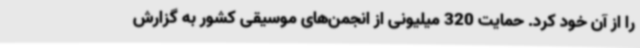
را از آن خود کرد. حمایت 320 میلیونی از انجمن‌های موسیقی کشور به گزارش